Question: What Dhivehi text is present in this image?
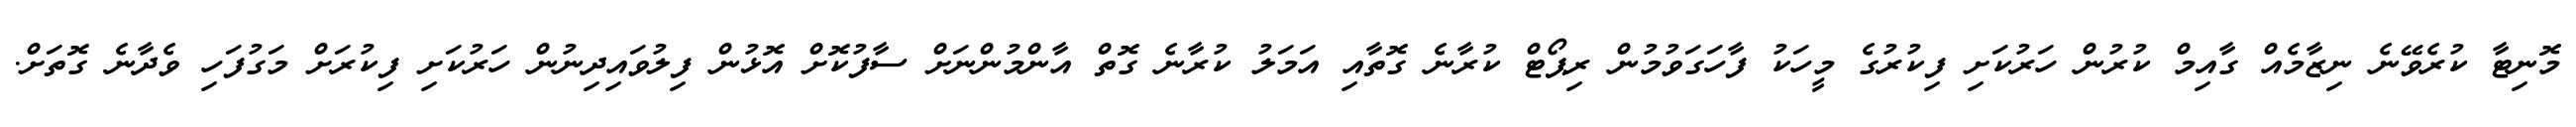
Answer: މޮނިޓާ ކުރެވޭނެ ނިޒާމެއް ގާއިމް ކުރުން ހަރުކަށި ފިކުރުގެ މީހަކު ފާހަގަވުމުން ރިޕޯޓް ކުރާނެ ގޮތާއި އަމަލު ކުރާނެ ގޮތް އާންމުންނަށް ސާފުކޮށް އޮޅުން ފިލުވައިދިނުން ހަރުކަށި ފިކުރަށް މަގުފަހި ވެދާނެ ގޮތަށް.